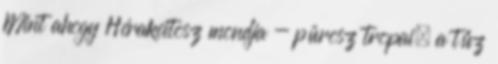
Mint ahogy Hérakeitosz mondja - pürosz tropai, a tűz